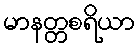
မာနတ္တစရိယာ